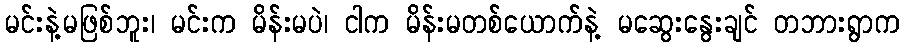
မင်းနဲ့မဖြစ်ဘူး၊ မင်းက မိန်းမပဲ၊ ငါက မိန်းမတစ်ယောက်နဲ့ မဆွေးနွေးချင် တဘားရွာက